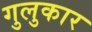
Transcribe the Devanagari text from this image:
गुलुकार